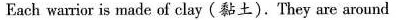
Each warrior is made of clay ( 黏土 ) . They are around